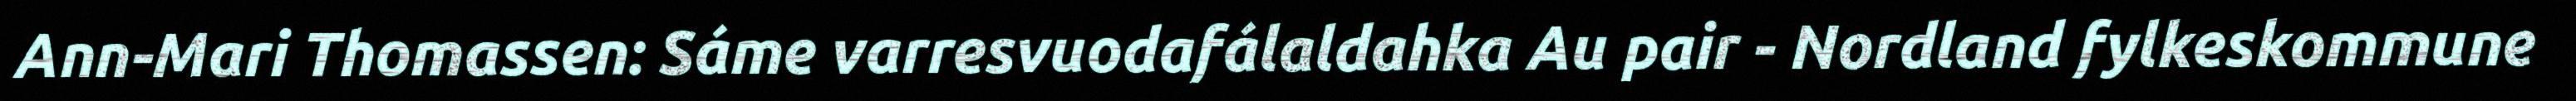
Ann-Mari Thomassen: Sáme varresvuodafálaldahka Au pair - Nordland fylkeskommune